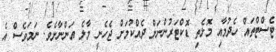
ޓެސްޓްތައް ހެދުމާއި މޮޅެތި ޑޮކްޓަރުންނަށް ދެއްކުމަށް ޖެހެނީ މާލެ އަންނާށެވެ. ނަމަވެސް އެ